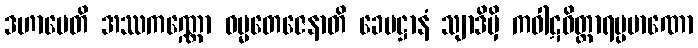
ဒဟာပေတိ အဿကဏ္ဏော ဓမ္မတေဇေနာတိ ခေမဋ္ဌာနံ သျာဒိမှိ ကဝါဋဝိတ္ထာရပ္ပမာဏော